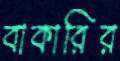
বাকারির